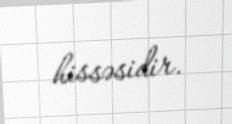
hissəsidir.